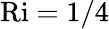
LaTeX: \mathrm{Ri}=1/4